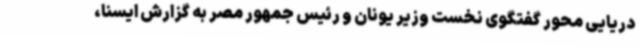
دریایی محور گفتگوی نخست وزیر یونان و رئیس جمهور مصر به گزارش ایسنا،